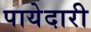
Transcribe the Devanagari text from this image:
पायेदारी